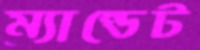
ম্যান্ডেট